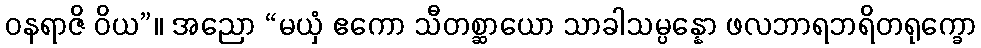
ဝနရာဇိ ဝိယ”။ အညော “မယှံ ဧကော သီတစ္ဆာယော သာခါသမ္ပန္နော ဖလဘာရဘရိတရုက္ခော